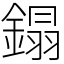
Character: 鎉